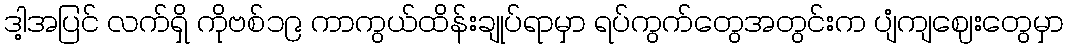
ဒါ့အပြင် လက်ရှိ ကိုဗစ်၁၉ ကာကွယ်ထိန်းချုပ်ရာမှာ ရပ်ကွက်တွေအတွင်းက ပျံကျဈေးတွေမှာ